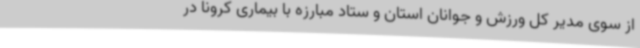
از سوی مدیر کل ورزش و جوانان استان و ستاد مبارزه با بیماری کرونا در